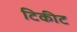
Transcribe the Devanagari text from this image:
टिकीट